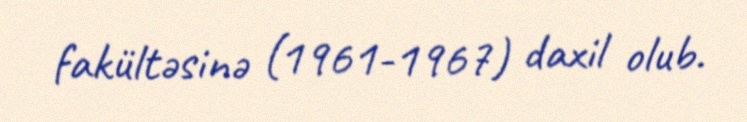
fakültəsinə (1961-1967) daxil olub.